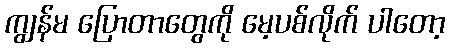
ကျွန်မ ပြောတာတွေကို မေ့ပစ်လိုက် ပါတော့